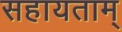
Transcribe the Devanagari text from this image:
सहायताम्